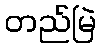
တည်မြဲ